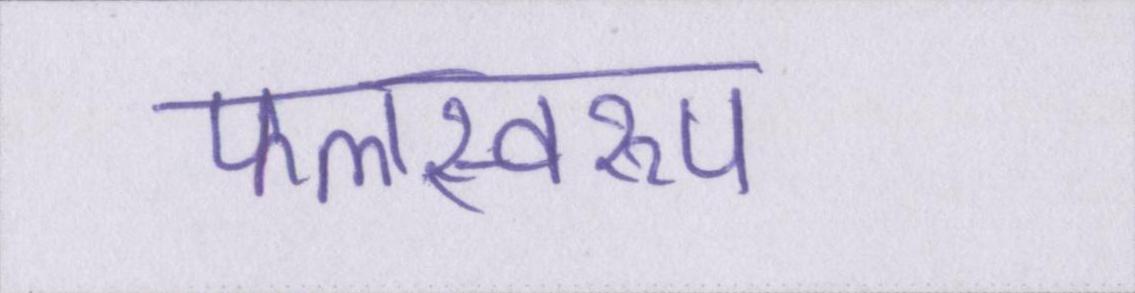
फलस्वरूप